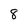
Character: 8